Indian journal of veterinary science and animal husbandry - Volume 10,
Year: 1940
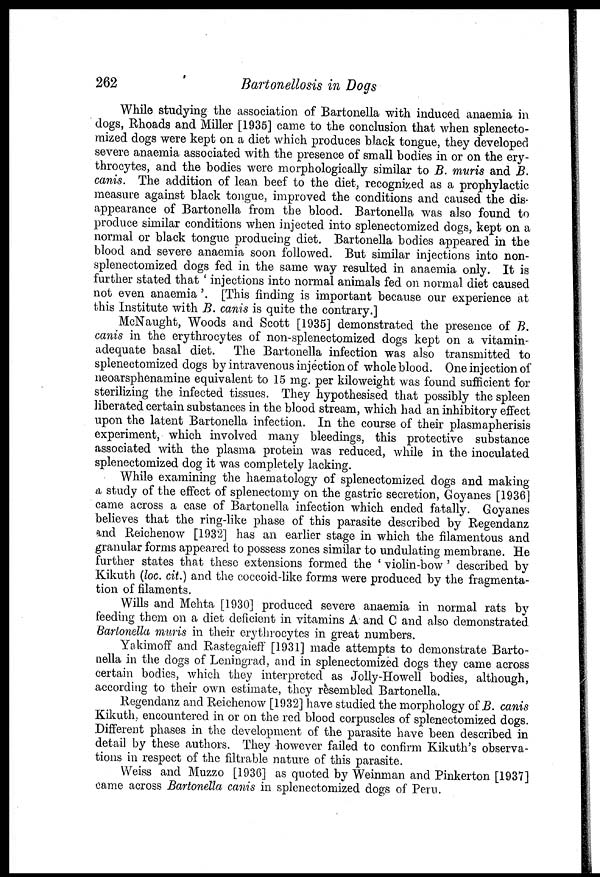
262
Bartonellosis in Dogs
While studying the association of Bartonella with induced anaemia in
dogs, Rhoads and Miller [1935] came to the conclusion that when splenecto-
mized dogs were kept on a diet which produces black tongue, they developed
severe anaemia associated with the presence of small bodies in or on the ery-
throcytes, and the bodies were morphologically similar to B. muris and B.
canis. The addition of lean beef to the diet, recognized as a prophylactic
measure against black tongue, improved the conditions and caused the dis-
appearance of Bartonella from the blood. Bartonella was also found to
produce similar conditions when injected into splenectomized dogs, kept on a
normal or black tongue producing diet. Bartonella bodies appeared in the
blood and severe anaemia soon followed. But similar injections into non-
splenectomized dogs fed in the same way resulted in anaemia only. It is
further stated that ' injections into normal animals fed on normal diet caused
not even anaemia '. [This finding is important because our experience at
this Institute with B. canis is quite the contrary.]
McNaught, Woods and Scott [1935] demonstrated the presence of B.
canis in the erythrocytes of non-splenectomized dogs kept on a vitamin-
adequate basal diet. The Bartonella infection was also transmitted to
splenectomized dogs by intravenous injection of whole blood. One injection of
neoarsphenamine equivalent to 15 mg. per kiloweight was found sufficient for
sterilizing the infected tissues. They hypothesised that possibly the spleen
liberated certain substances in the blood stream, which had an inhibitory effect
upon the latent Bartonella infection. In the course of their plasmapherisis
experiment, which involved many bleedings, this protective substance
associated with the plasma protein was reduced, while in the inoculated
splenectomized dog it was completely lacking.
While examining the haematology of splenectomized dogs and making
a study of the effect of splenectomy on the gastric secretion, Goyanes [1936]
came across a case of Bartonella infection which ended fatally. Goyanes
believes that the ring-like phase of this parasite described by Regendanz
and Reichenow [1932] has an earlier stage in which the filamentous and
granular forms appeared to possess zones similar to undulating membrane. He
further states that these extensions formed the ' violin-bow ' described by
Kikuth (loc. cit.) and the coccoid-like forms were produced by the fragmenta-
tion of filaments.
Wills and Mehta [1930] produced severe anaemia in normal rats by
feeding them on a diet deficient in vitamins A and C and also demonstrated
Bartonella muris in their erythrocytes in great numbers.
Yakimoff and Rastegaieff [1931] made attempts to demonstrate Barto-
nella in the dogs of Leningrad, and in splenectomized dogs they came across
certain bodies, which they interpreted as Jolly-Howell bodies, although,
according to their own estimate, they resembled Bartonella.
Regendanz and Reichenow [1932] have studied the morphology of B. canis
Kikuth, encountered in or on the red blood corpuscles of splenectomized dogs.
Different phases in the development of the parasite have been described in
detail by these authors. They however failed to confirm Kikuth's observa-
tions in respect of the filtrable nature of this parasite.
Weiss and Muzzo [1936] as quoted by Weinman and Pinkerton [1937]
came across Bartonella canis in splenectomized dogs of Peru.